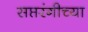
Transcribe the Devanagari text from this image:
सप्तरंगीच्या